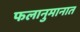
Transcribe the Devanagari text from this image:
फलानुमानात